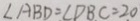
\angle A B D = \angle D B C = 2 0